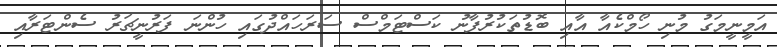
އަމީނީމަގު މުނި ހޯމްކެއާ އާއި ބޮޑުތަކުރުފާނު ކަސްޓަމްސް ސަރަހައްދުގައި ހުންނަ ފަރުނީޗަރު ސެންޓަރާއި